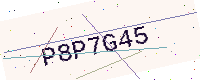
Text: P8P7G45